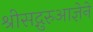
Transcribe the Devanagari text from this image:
श्रीसद्गुरुआज्ञेने